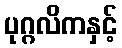
ပုဂ္ဂလိကနှင့်